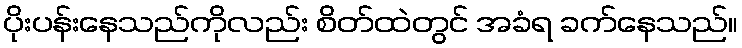
ပိုးပန်းနေသည်ကိုလည်း စိတ်ထဲတွင် အခံရ ခက်နေသည်။